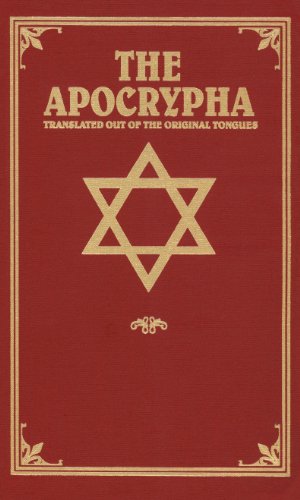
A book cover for The Apocrypha: Translated out of the Original Tongues; Christian Books & Bibles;